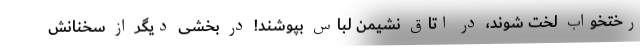
رختخواب لخت شوند، در اتاق نشیمن لباس بپوشند! در بخشی دیگر از سخنانش